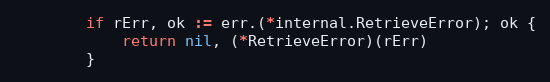
Language: Go
		if rErr, ok := err.(*internal.RetrieveError); ok {
			return nil, (*RetrieveError)(rErr)
		}